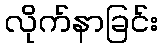
လိုက်နာခြင်း